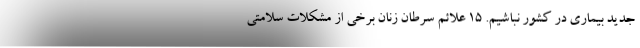
جدید بیماری در کشور نباشیم. 15 علائم سرطان زنان برخی از مشکلات سلامتی